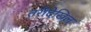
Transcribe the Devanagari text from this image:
तरीदेखिल